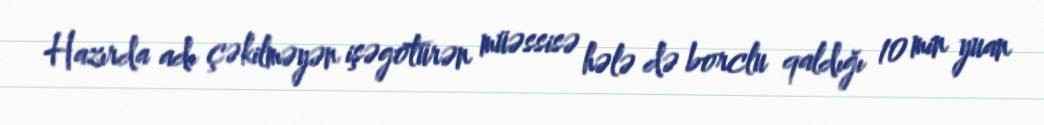
Hazırda adı çəkilməyən işəgötürən müəssisə hələ də borclu qaldığı 10 min yuan